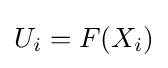
U_{i}=F(X_{i})